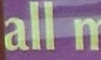
all n